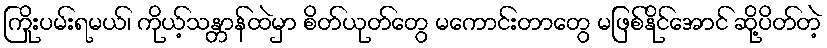
ကြိုးပမ်းရမယ်၊ ကိုယ့်သန္တာန်ထဲမှာ စိတ်ယုတ်တွေ မကောင်းတာတွေ မဖြစ်နိုင်အောင် ဆို့ပိတ်တဲ့